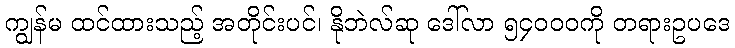
ကျွန်မ ထင်ထားသည့် အတိုင်းပင်၊ နိုဘဲလ်ဆု ဒေါ်လာ ၅၄၀၀၀ကို တရားဥပဒေ